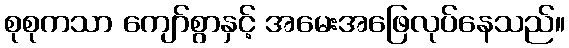
စုစုကသာ ကျော်စွာနှင့် အမေးအဖြေလုပ်နေသည်။